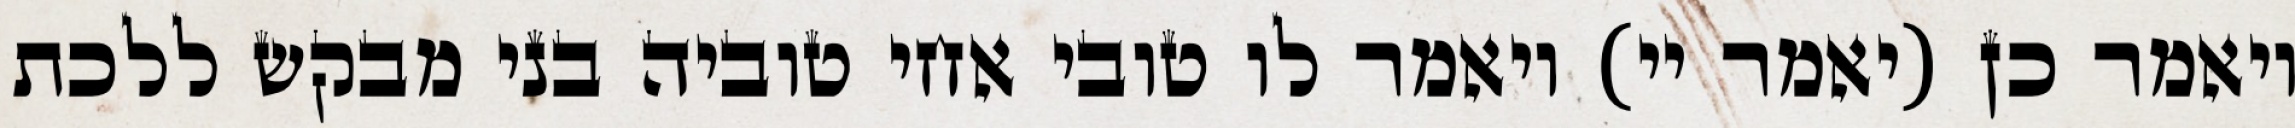
ויאמר כן (יאמר יי) ויאמר לו טובי אחי טוביה בני מבקש ללכת